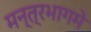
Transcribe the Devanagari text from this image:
मन्त्रभागमे